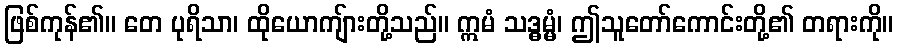
ဖြစ်ကုန်၏။ တေ ပုရိသာ၊ ထိုယောကျ်ားတို့သည်။ ဣမံ သဒ္ဓမ္မံ၊ ဤသူတော်ကောင်းတို့၏ တရားကို။